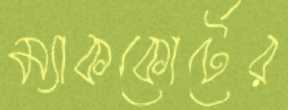
ম্যাককোর্টের